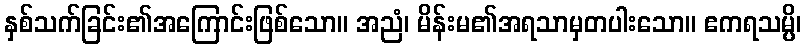
နှစ်သက်ခြင်း၏အကြောင်းဖြစ်သော။ အညံ၊ မိန်းမ၏အရသာမှတပါးသော။ ဧကရသမ္ပိ၊